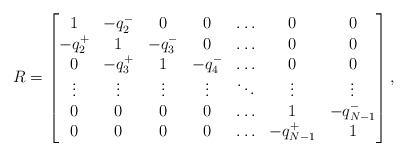
\begin{align*}R = \begin{bmatrix}1 & -q^-_2 & 0 & 0 & \ldots & 0 & 0\\-q^+_2 & 1 & -q^-_3 & 0 & \ldots & 0 & 0\\0 & -q^+_3 & 1 & -q^-_4 & \ldots & 0 & 0\\\vdots & \vdots & \vdots & \vdots & \ddots & \vdots & \vdots\\0 & 0 & 0 & 0 & \ldots & 1 & -q^-_{N-1}\\0 & 0 & 0 & 0 & \ldots & -q^+_{N-1} & 1\end{bmatrix},\end{align*}